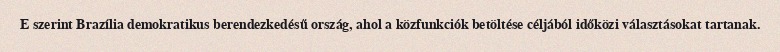
E szerint Brazília demokratikus berendezkedésű ország, ahol a közfunkciók betöltése céljából időközi választásokat tartanak.